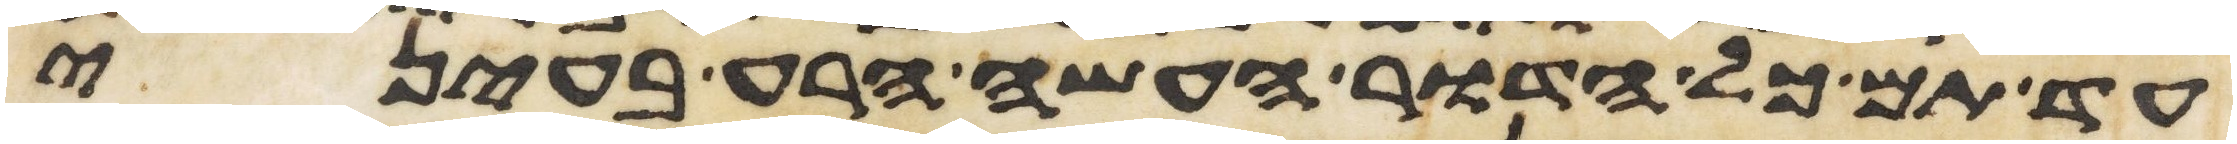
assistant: עד תם כל הדור העשה הרע בעיני